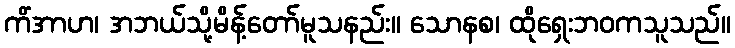
ကိံအာဟ၊ အဘယ်သို့မိန့်တော်မူသနည်း။ သောနစ၊ ထိုရှေးဘဝကသူသည်။